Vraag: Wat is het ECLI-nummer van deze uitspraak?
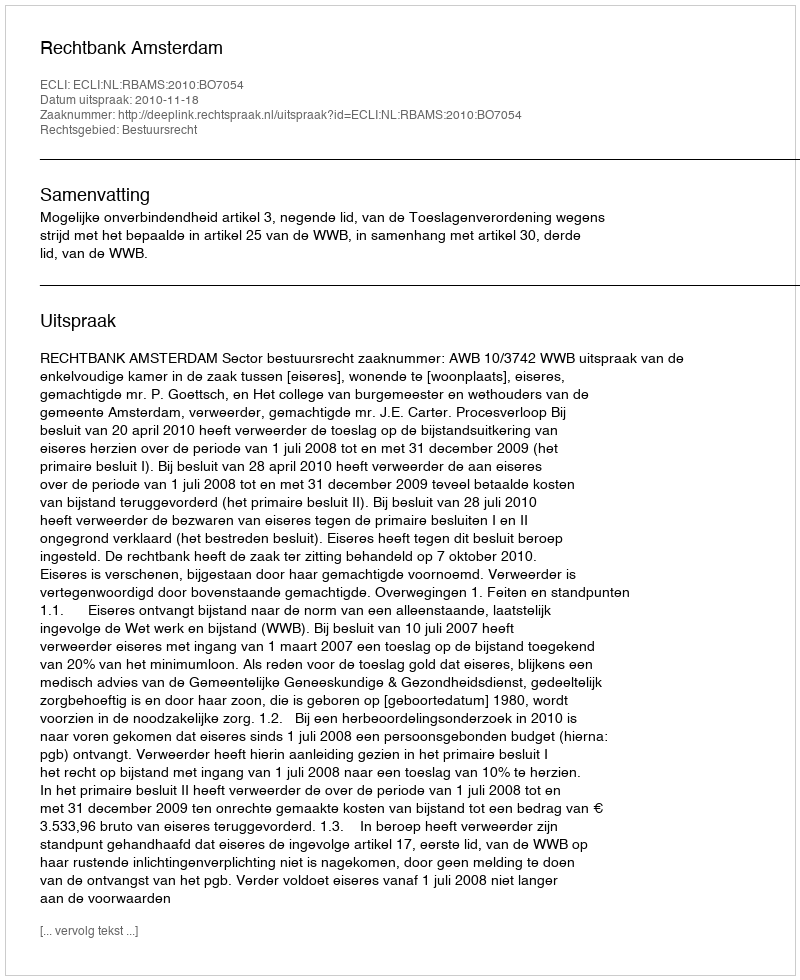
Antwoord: ECLI:NL:RBAMS:2010:BO7054